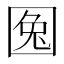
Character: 𡇹